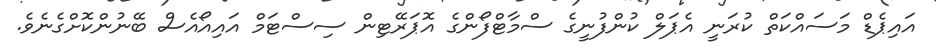
އައިޕެޑް މަސައްކަތް ކުރަނީ އެޕަލް ކުންފުނީގެ ސްމާޓްފޯންގެ އޮޕަރޭޓިން ސިސްޓަމް އައިއޯއެސް ބޭނުންކޮށްގެނެވެ.